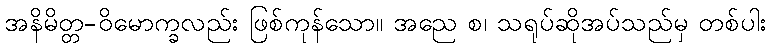
အနိမိတ္တ-ဝိမောက္ခလည်း ဖြစ်ကုန်သော။ အညေ စ၊ သရုပ်ဆိုအပ်သည်မှ တစ်ပါး